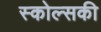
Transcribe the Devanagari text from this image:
स्कोल्सकी